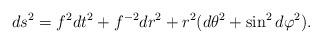
LaTeX: \begin{align*}ds^{2}=f^{2}dt^{2}+f^{-2}dr^{2}+r^{2}(d\theta ^{2}+\sin ^{2}d\varphi ^{2}).\end{align*}